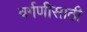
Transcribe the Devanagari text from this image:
वर्गणीसाठी